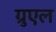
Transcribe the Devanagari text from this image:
ग्रुएल